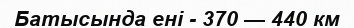
Батысында ені - 370 — 440 км